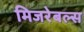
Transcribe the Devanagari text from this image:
मिजरेबल्स